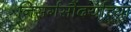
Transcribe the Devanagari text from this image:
निसर्गसौंदर्याच्या